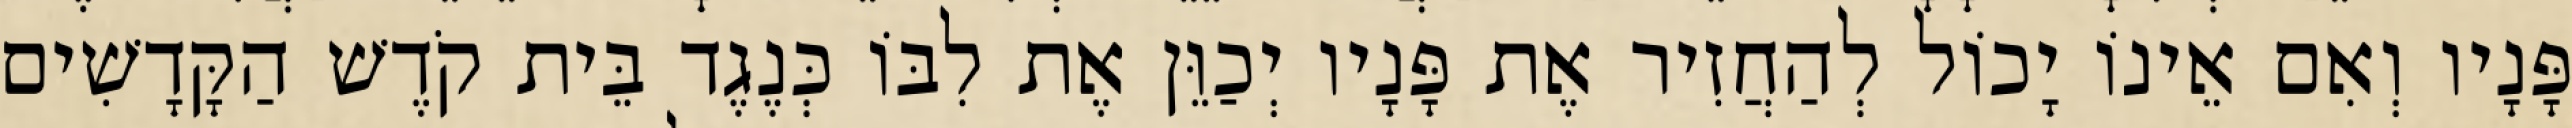
פָּנָיו וְאִם אֵינוֹ יָכוֹל לְהַחֲזִיר אֶת פָּנָיו יְכַוֵּן אֶת לִבּוֹ כְּנֶגֶד בֵּית קֹדֶשׁ הַקָּדָשִׁים